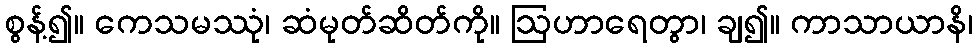
စွန့်၍။ ကေသမဿုံ၊ ဆံမုတ်ဆိတ်ကို။ ဩဟာရေတွာ၊ ချ၍။ ကာသာယာနိ၊